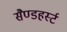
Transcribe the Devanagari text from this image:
सैण्डहर्स्ट